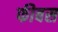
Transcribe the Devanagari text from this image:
फीबस